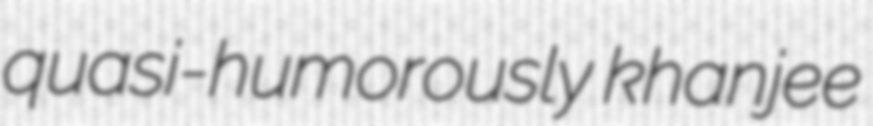
quasi-humorously khanjee